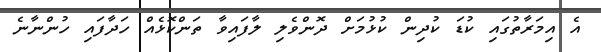
އެ އިމަރާތުގައި ކުޑަ ކުދިން ކުޅުމަށް ދޮންވެލި ލާފައިވާ ތަންކޮޅެއް ހަދާފައި ހުންނާނެ